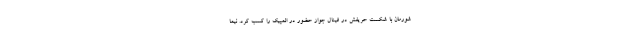
شورمان با شکست حریفش در فینال جواز حضور در المپیک را کسب کرد. نیما